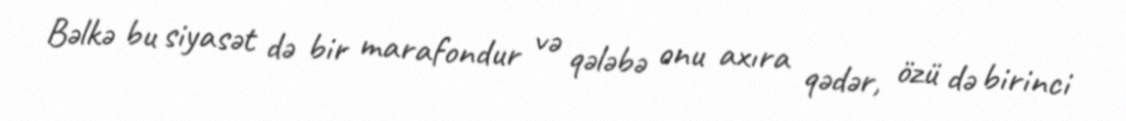
Bəlkə bu siyasət də bir marafondur və qələbə onu axıra qədər, özü də birinci